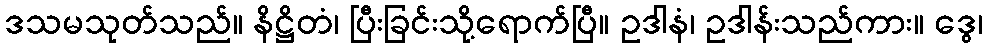
ဒသမသုတ်သည်။ နိဋ္ဌိတံ၊ ပြီးခြင်းသို့ရောက်ပြီ။ ဥဒါနံ၊ ဥဒါန်းသည်ကား။ ဒွေ၊